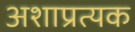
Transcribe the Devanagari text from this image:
अशाप्रत्यक